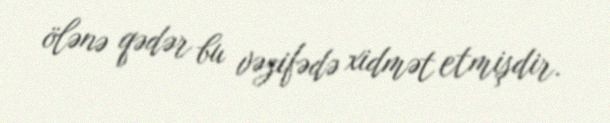
ölənə qədər bu vəzifədə xidmət etmişdir.